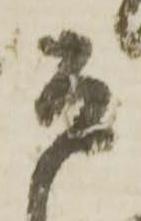
そ